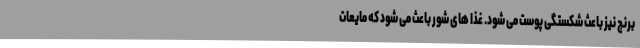
برنج نیز باعث شکستگی پوست می شود. غذا های شور باعث می شود که مایعات